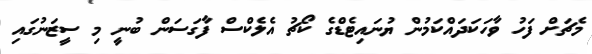
މެޗަށް ފަހު ވާހަކަދައްކަމުން ޔުނައިޓެޑްގެ ކޯޗު އެލެކްސް ފާގަސަން ބުނީ މި ސީޒަނުގައި